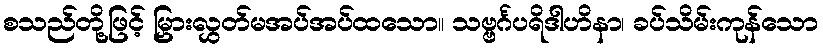
စသည်တို့ဖြင့် မြှားလွှတ်မအပ်အပ်ထသော။ သဗ္ဗင်္ဂပရိဒါဟိနာ၊ ခပ်သိမ်းကုန်သော